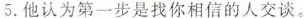
5.他认为第一步是找你相信的人交谈。